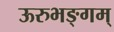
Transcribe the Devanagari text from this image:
ऊरुभङ्गम्